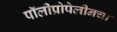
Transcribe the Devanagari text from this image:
पॉलीप्रोपेलीनचा